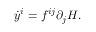
{ \dot { y } } ^ { i } = f ^ { i j } \partial _ { j } H .